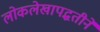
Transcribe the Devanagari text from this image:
लोकलेखापद्धतीने